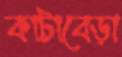
কাটাবেড়া